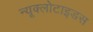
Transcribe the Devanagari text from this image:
न्यूक्लोटाइडस